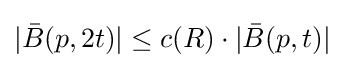
|{\bar {B}}(p,2t)|\leq c(R)\cdot |{\bar {B}}(p,t)|